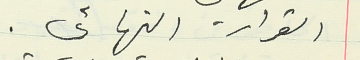
القرار النهائي.